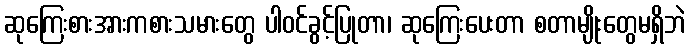
ဆုကြေးစားအားကစားသမားတွေ ပါဝင်ခွင့်ပြုတာ၊ ဆုကြေးပေးတာ စတာမျိုးတွေမရှိဘဲ